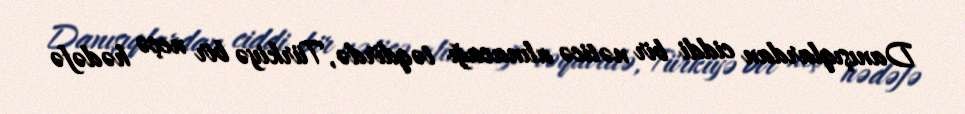
Danışıqlardan ciddi bir nəticə alınacağı təqdirdə, Türkiyə bir neçə hədəfə